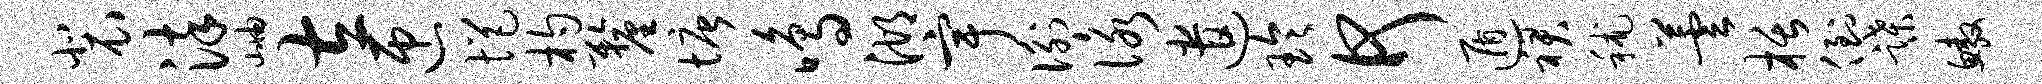
裴染岫左匝悒杓厘塘鸣湖宇衡咏遣玲何遁裙秫芸栝倒蹀鳌